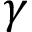
\gamma